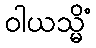
ဝါယသ္မိံ